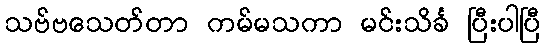
သဗ်ဗသေတ်တာ ကမ်မသကာ မင်းသိင်္ခ ပြီးပါပြီ